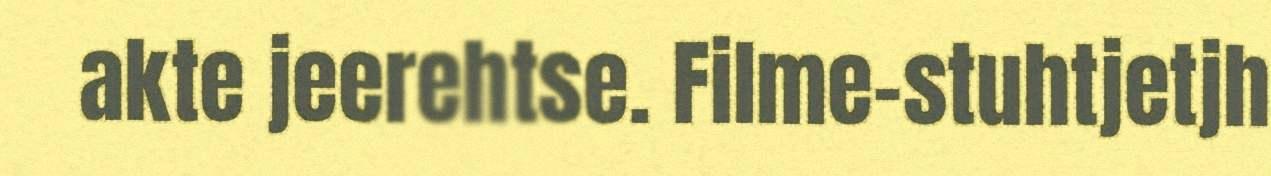
akte jeerehtse. Filme-stuhtjetjh